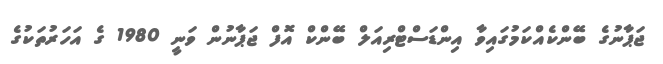
ޖަޕާނުގެ ބޭންކެއްކަމުގައިވާ އިންޑަސްޓްރިއަލް ބޭންކް އޮފް ޖަޕާނުން ވަނީ 1980 ގެ އަހަރުތަކުގެ